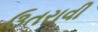
ઉતરાવી